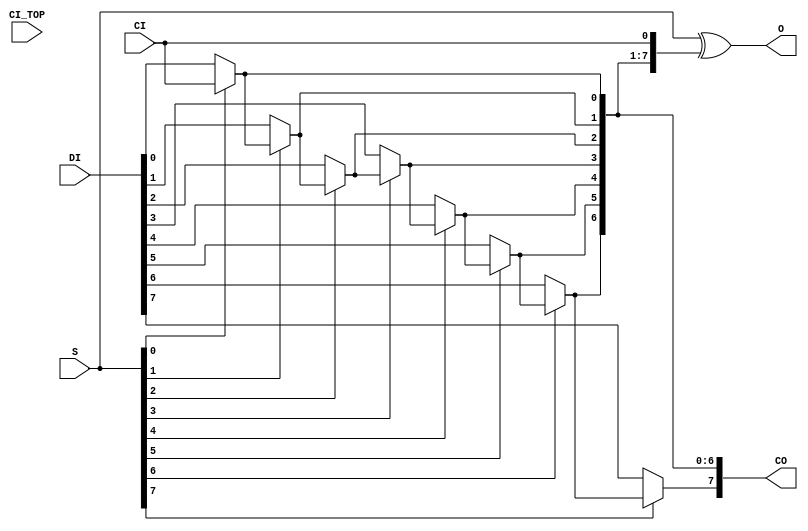
module CARRY8(
  output [7:0] CO,
  output [7:0] O,
  input        CI,
  input        CI_TOP,
  input  [7:0] DI, S
);
  parameter CARRY_TYPE = "SINGLE_CY8";
  wire CI4 = (CARRY_TYPE == "DUAL_CY4" ? CI_TOP : CO[3]);
  assign O = S ^ {CO[6:4], CI4, CO[2:0], CI};
  assign CO[0] = S[0] ? CI : DI[0];
  assign CO[1] = S[1] ? CO[0] : DI[1];
  assign CO[2] = S[2] ? CO[1] : DI[2];
  assign CO[3] = S[3] ? CO[2] : DI[3];
  assign CO[4] = S[4] ? CI4 : DI[4];
  assign CO[5] = S[5] ? CO[4] : DI[5];
  assign CO[6] = S[6] ? CO[5] : DI[6];
  assign CO[7] = S[7] ? CO[6] : DI[7];
endmodule